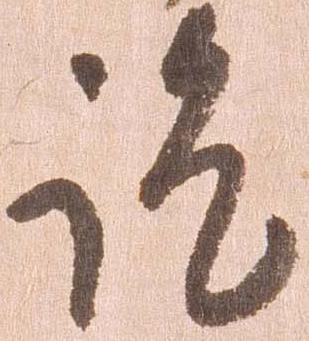
訖